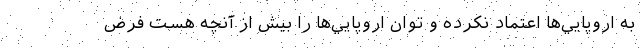
به اروپايي‌ها اعتماد نكرده و توان اروپايي‌ها را بيش از آنچه هست فرض